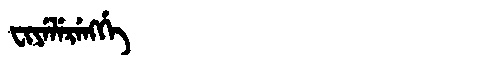
Manchu: ᠸᡳᠶᡝᠯᡝᡵᡝᠩᡤᡝ
Romanization: FIYELERENGGE